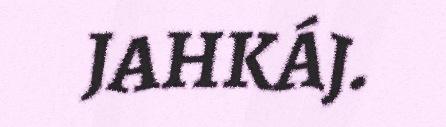
JAHKÁJ.